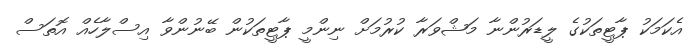
އެކަމަކު ޕާޓީތަކުގެ ލީޑަރުންނާ މަޝްވަރާ ކުރުމަށް ނިންމީ ޕާޓީތަކުން ބޭނުންވާ އިސްލާހެއް އޮތަސް